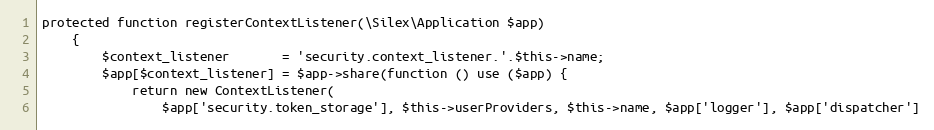
Language: PHP
protected function registerContextListener(\Silex\Application $app)
    {
        $context_listener       = 'security.context_listener.'.$this->name;
        $app[$context_listener] = $app->share(function () use ($app) {
            return new ContextListener(
                $app['security.token_storage'], $this->userProviders, $this->name, $app['logger'], $app['dispatcher']